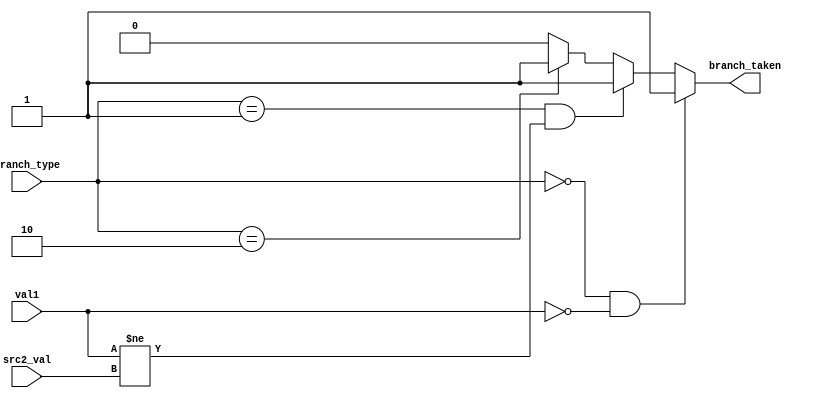
module condition_check(
    input [1:0] branch_type,
	input [31:0] val1, src2_val,
	output branch_taken);

    parameter BEZ = 3'd0, BNE = 3'd1, JMP = 3'd2, OTHER = 3'd3;


	assign branch_taken = (branch_type == BEZ && val1==0) ? 1:
	                      (branch_type == BNE && (val1 != src2_val)) ? 1:
                          (branch_type == JMP) ? 1 : 0;

endmodule